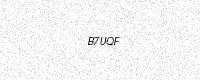
Text: B7UQF